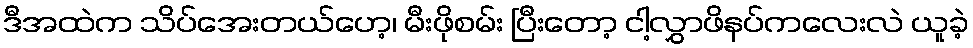
ဒီအထဲက သိပ်အေးတယ်ဟေ့၊ မီးဖိုစမ်း ပြီးတော့ ငါ့လွှာဖိနပ်ကလေးလဲ ယူခဲ့